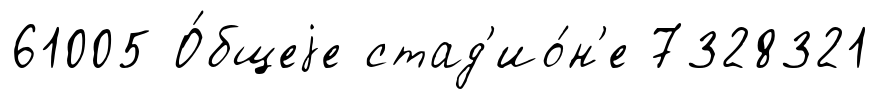
61005 О́бщеjе стад'ио́н'е 7328321